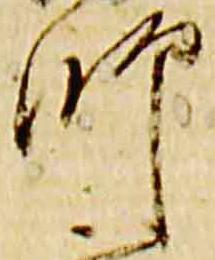
師